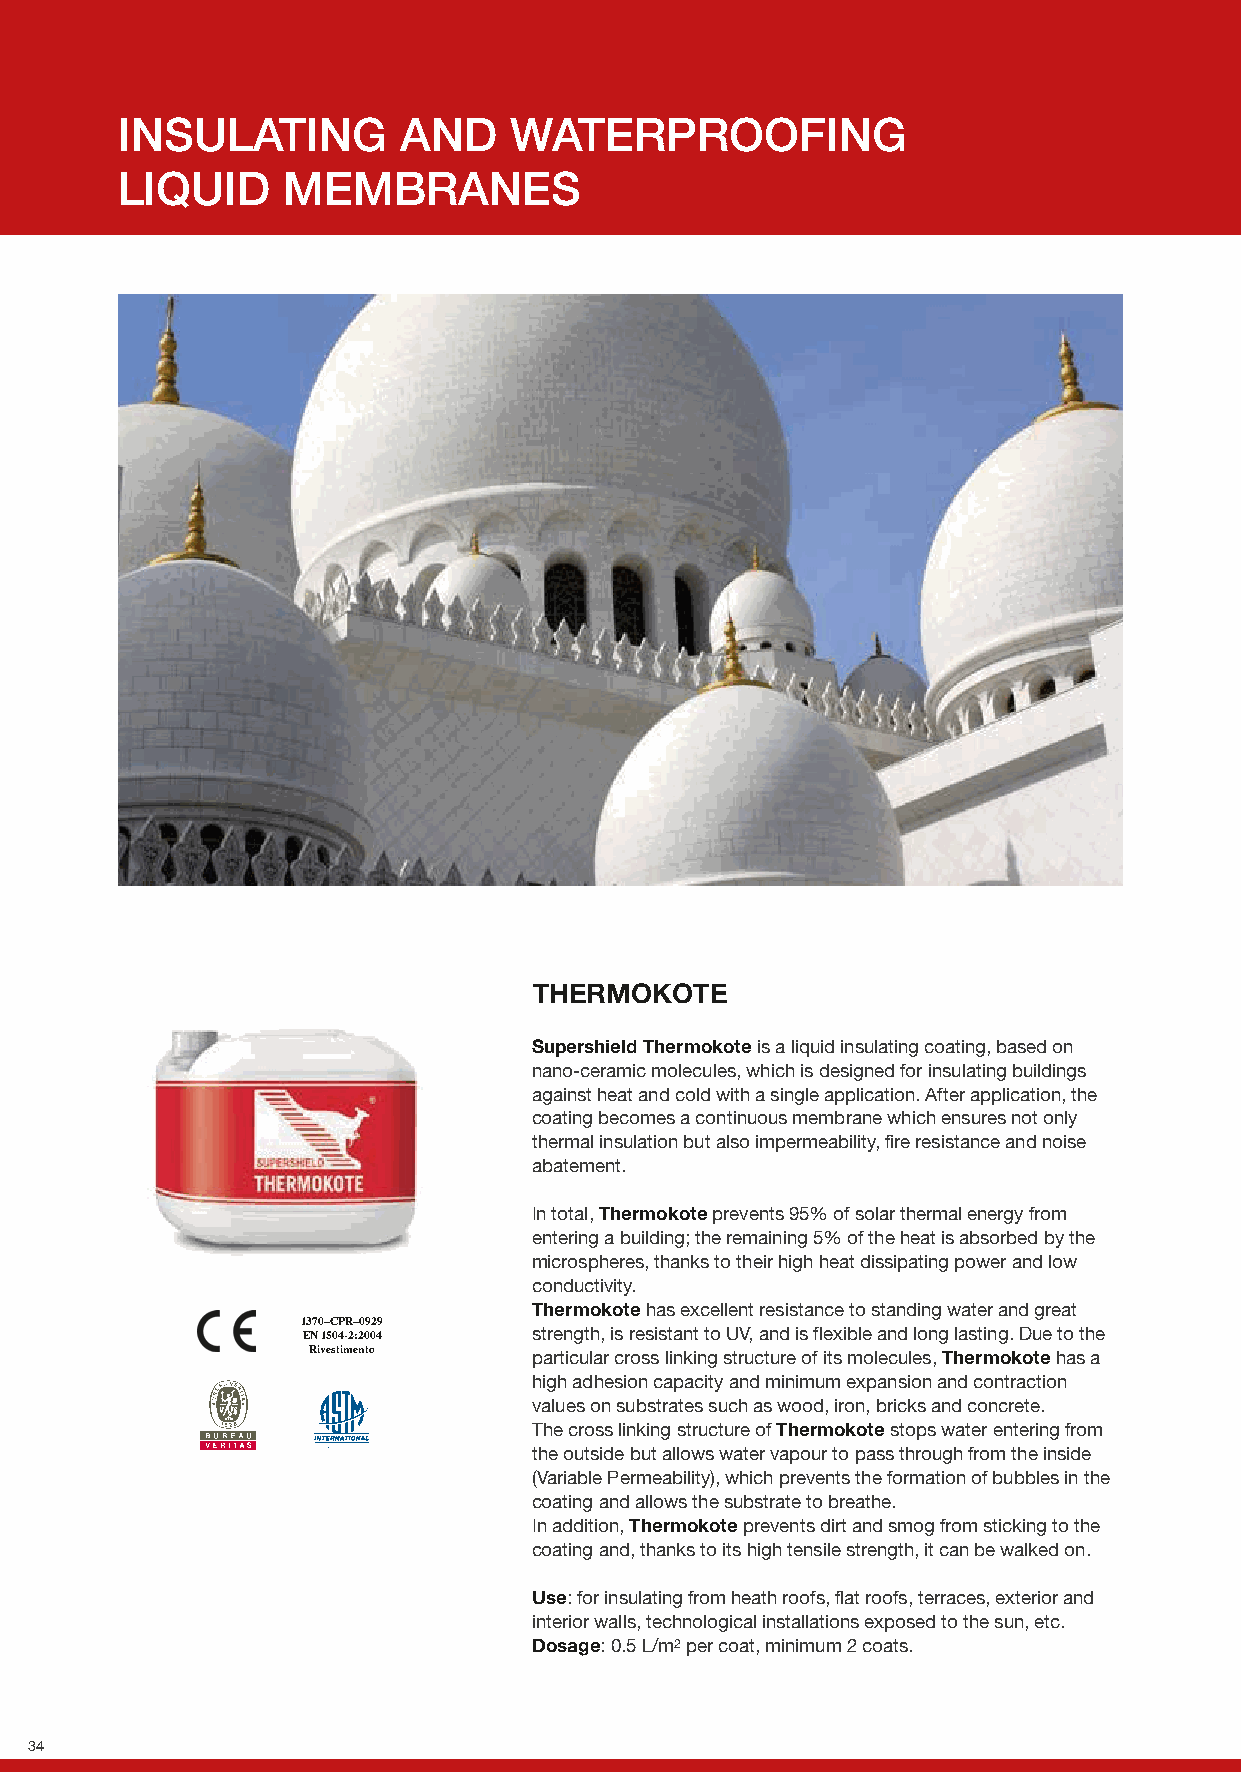
INSULATING        AND     WATERPROOFING
 LIQUID     MEMBRANES
 THERMOKOTE
 Supershield Thermokote is a liquid insulating coating, based on
 nano-ceramic molecules, which is designed for insulating buildings
 against heat and cold with a single application. After application, the
 coating becomes a continuous membrane which ensures not only
 thermal insulation but also impermeability, fire resistance and noise
 abatement.
 In total, Thermokote prevents 95% of solar thermal energy from
 entering a building; the remaining 5% of the heat is absorbed by the
 microspheres, thanks to their high heat dissipating power and low
 conductivity.
 Thermokote has excellent resistance to standing water and great
 1370–CPR–0929
 EN 1504-2:2004 strength, is resistant to UV, and is flexible and long lasting. Due to the
 Rivestimento
 particular cross linking structure of its molecules, Thermokote has a
 high adhesion capacity and minimum expansion and contraction
 values on substrates such as wood, iron, bricks and concrete.
 The cross linking structure of Thermokote stops water entering from
 the outside but allows water vapour to pass through from the inside
 (Variable Permeability), which prevents the formation of bubbles in the
 coating and allows the substrate to breathe.
 In addition, Thermokote prevents dirt and smog from sticking to the
 coating and, thanks to its high tensile strength, it can be walked on.
 Use: for insulating from heath roofs, flat roofs, terraces, exterior and
 interior walls, technological installations exposed to the sun, etc.
 Dosage: 0.5 L/m2 per coat, minimum 2 coats.
 34